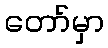
တော်မှာ